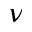
\nu